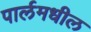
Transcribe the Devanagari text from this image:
पार्लमधील